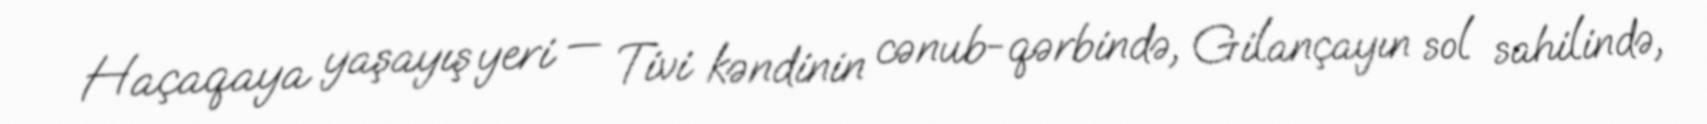
Haçaqaya yaşayış yeri — Tivi kəndinin cənub-qərbində, Gilançayın sol sahilində,